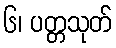
၆၊ ပတ္တသုတ်